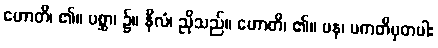
ဟောတိ၊ ၏။ ပစ္ဆာ၊ ၌။ နီလံ၊ ညိုသည်။ ဟောတိ၊ ၏။ ပန၊ ပကတိမှတပါး